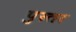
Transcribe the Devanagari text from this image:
पुस्तर